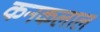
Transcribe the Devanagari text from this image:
कनकलाल